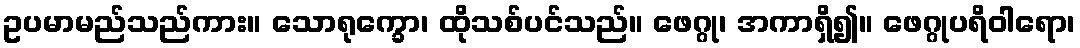
ဥပမာမည်သည်ကား။ သောရုက္ခော၊ ထိုသစ်ပင်သည်။ ဖေဂ္ဂု၊ အကာရှိ၍။ ဖေဂ္ဂုပရိဝါရော၊